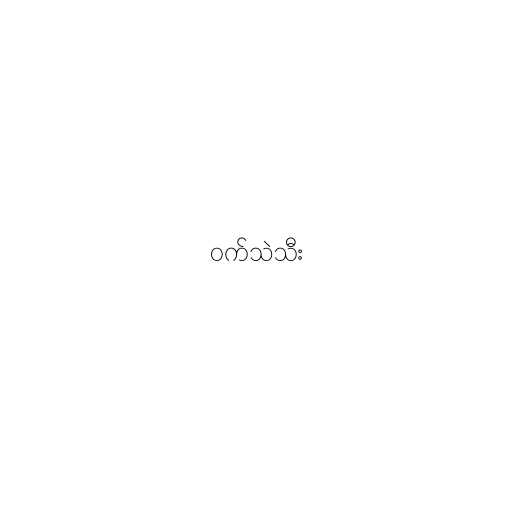
ဝက်သဲသီး